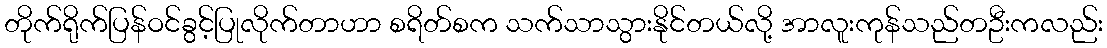
တိုက်ရိုက်ပြန်ဝင်ခွင့်ပြုလိုက်တာဟာ စရိတ်စက သက်သာသွားနိုင်တယ်လို့ အာလူးကုန်သည်တဦးကလည်း